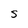
Character: S